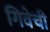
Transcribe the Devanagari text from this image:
गिवेची